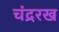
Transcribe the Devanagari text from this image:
चंद्ररख